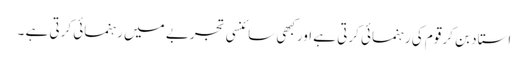
استاد بن کر قوم کی رہنمائی کرتی ہے اورکبھی سائنسی تجربے میں رہنمائی کرتی ہے ۔